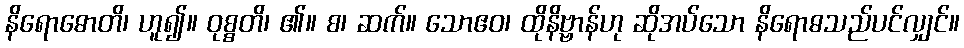
နိရောဓောတိ၊ ဟူ၍။ ဝုစ္စတိ၊ ၏။ စ၊ ဆက်။ သောဧဝ၊ ထိုနိဗ္ဗာန်ဟု ဆိုအပ်သော နိရောဓသည်ပင်လျှင်။